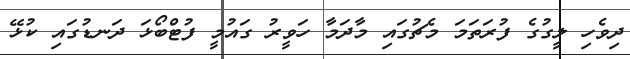
ދިވެހި ލީގުގެ ފުރަތަމަ މެޗުގައި މާދަމާ ހަވީރު ގައުމީ ފުޓްބޯޅަ ދަނޑުގައި ކުޅޭ